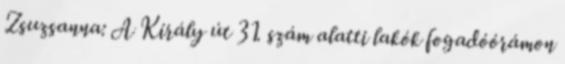
Zsuzsanna: A Király út 31. szám alatti lakók fogadóórámon